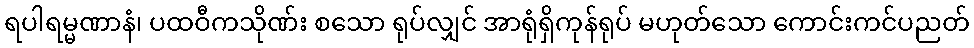
ရပါရမ္မဏာနံ၊ ပထဝီကသိုဏ်း စသော ရုပ်လျှင် အာရုံရှိကုန်ရုပ် မဟုတ်သော ကောင်းကင်ပညတ်